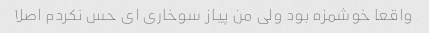
واقعا خوشمزه بود ولی من پیاز سوخاری ای حس نکردم اصلا